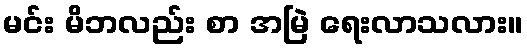
မင်း မိဘလည်း စာ အမြဲ ရေးလာသလား။